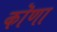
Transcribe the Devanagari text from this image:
कॊणा